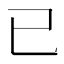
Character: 已